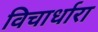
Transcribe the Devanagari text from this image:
विचार्धारा